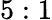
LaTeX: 5:1